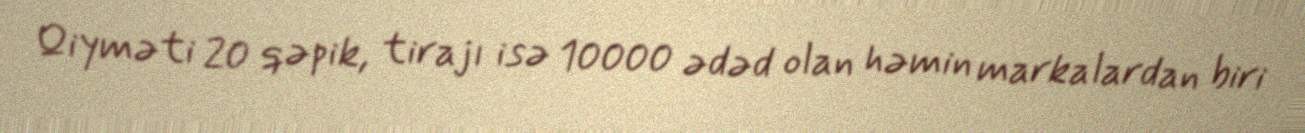
Qiyməti 20 qəpik, tirajı isə 10000 ədəd olan həmin markalardan biri